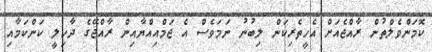
ކޮމަންވެލްތުން ރާއްޖެއަށް އެހީތެރިކަން ލިބުނު ނަމަވެސް އެ ޖަމްއިއްޔާއިން ރާއްޖޭގެ ދާހިލީ ކަންކަމާއި